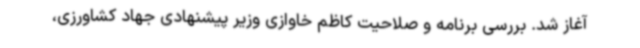
آغاز شد. بررسی برنامه و صلاحیت کاظم خاوازی وزیر پیشنهادی جهاد کشاورزی،